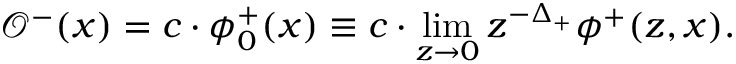
\mathcal { O } ^ { - } ( x ) = c \cdot \phi _ { 0 } ^ { + } ( x ) \equiv c \cdot \operatorname * { l i m } _ { z \to 0 } z ^ { - \Delta _ { + } } \phi ^ { + } ( z , x ) .